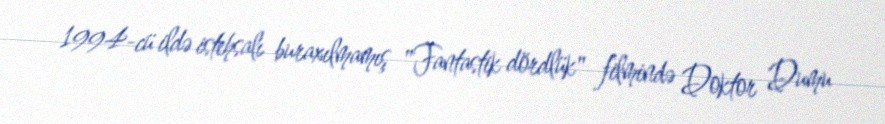
1994-cü ildə istehsalı buraxılmamış "Fantastik dördlük" filmində Doktor Dumu